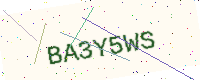
Text: BA3Y5WS